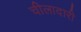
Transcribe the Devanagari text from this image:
चीलादारी